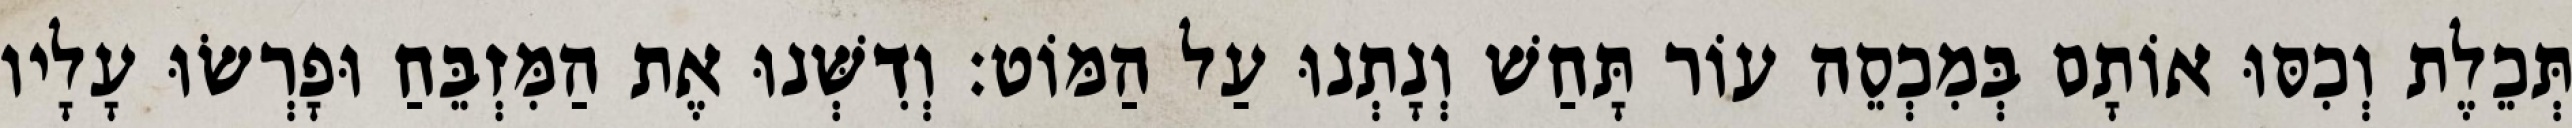
תְּכֵלֶת וְכִסּוּ אוֹתָם בְּמִכְסֵה עוֹר תָּחַשׁ וְנָתְנוּ עַל הַמּוֹט׃ וְדִשְּׁנוּ אֶת הַמִּזְבֵּחַ וּפָרְשׂוּ עָלָיו